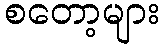
စတော့များ